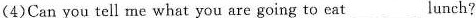
(4)Can you tell me what you are going to eat ___ lunch?